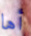
أها